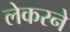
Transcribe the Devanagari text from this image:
लेकरने